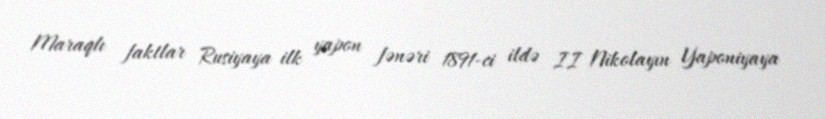
Maraqlı faktlar Rusiyaya ilk yapon fənəri 1891-ci ildə II Nikolayın Yaponiyaya